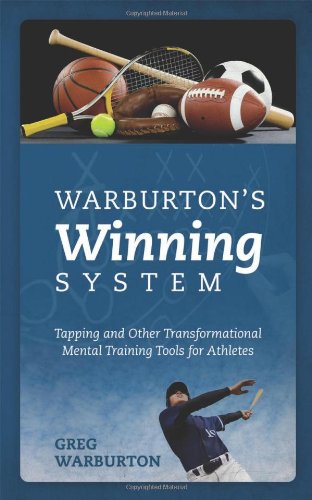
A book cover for Warburton's Winning System: Tapping and Other Transformational Mental Training Tools for Athletes; Greg Warburton; Sports & Outdoors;